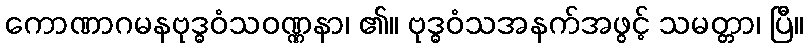
ကောဏာဂမနဗုဒ္ဓဝံသဝဏ္ဏနာ၊ ၏။ ဗုဒ္ဓဝံသအနက်အဖွင့် သမတ္တာ၊ ပြီ။